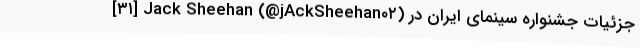
[۳۱] Jack Sheehan (@jAckSheehan۰۲) جزئیات جشنواره سینمای ایران در